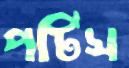
পটিস